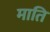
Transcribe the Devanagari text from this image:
माति